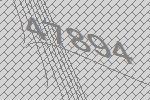
47894